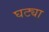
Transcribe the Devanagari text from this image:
घट्या